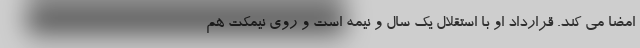
امضا می کند. قرارداد او با استقلال یک سال و نیمه است و روی نیمکت هم